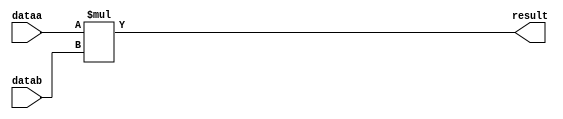
//lpm_mult CBX_DECLARE_ALL_CONNECTED_PORTS="OFF" DEVICE_FAMILY="Cyclone V" DSP_BLOCK_BALANCING="Auto" LPM_REPRESENTATION="UNSIGNED" LPM_WIDTHA=32 LPM_WIDTHB=32 LPM_WIDTHP=64 MAXIMIZE_SPEED=5 dataa datab result CARRY_CHAIN="MANUAL" CARRY_CHAIN_LENGTH=48
//VERSION_BEGIN 22.1 cbx_cycloneii 2022:10:25:15:36:38:SC cbx_lpm_add_sub 2022:10:25:15:36:38:SC cbx_lpm_mult 2022:10:25:15:36:38:SC cbx_mgl 2022:10:25:15:36:55:SC cbx_nadder 2022:10:25:15:36:38:SC cbx_padd 2022:10:25:15:36:38:SC cbx_stratix 2022:10:25:15:36:38:SC cbx_stratixii 2022:10:25:15:36:38:SC cbx_util_mgl 2022:10:25:15:36:38:SC  VERSION_END
// synthesis VERILOG_INPUT_VERSION VERILOG_2001
// altera message_off 10463



// Copyright (C) 2022  Intel Corporation. All rights reserved.
//  Your use of Intel Corporation's design tools, logic functions 
//  and other software and tools, and any partner logic 
//  functions, and any output files from any of the foregoing 
//  (including device programming or simulation files), and any 
//  associated documentation or information are expressly subject 
//  to the terms and conditions of the Intel Program License 
//  Subscription Agreement, the Intel Quartus Prime License Agreement,
//  the Intel FPGA IP License Agreement, or other applicable license
//  agreement, including, without limitation, that your use is for
//  the sole purpose of programming logic devices manufactured by
//  Intel and sold by Intel or its authorized distributors.  Please
//  refer to the applicable agreement for further details, at
//  https://fpgasoftware.intel.com/eula.



//synthesis_resources = 
//synopsys translate_off
`timescale 1 ps / 1 ps
//synopsys translate_on
module  mult_b8n
	( 
	dataa,
	datab,
	result) /* synthesis synthesis_clearbox=1 */;
	input   [31:0]  dataa;
	input   [31:0]  datab;
	output   [63:0]  result;

	wire [31:0]    dataa_wire;
	wire [31:0]    datab_wire;
	wire [63:0]    result_wire;



	assign dataa_wire = dataa;
	assign datab_wire = datab;
	assign result_wire = dataa_wire * datab_wire;
	assign result = ({result_wire[63:0]});

endmodule //mult_b8n
//VALID FILE